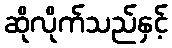
ဆိုလိုက်သည်နှင့်